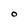
Character: O